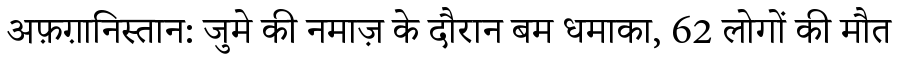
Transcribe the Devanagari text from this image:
अफ़ग़ानिस्तान: जुमे की नमाज़ के दौरान बम धमाका, 62 लोगों की मौत